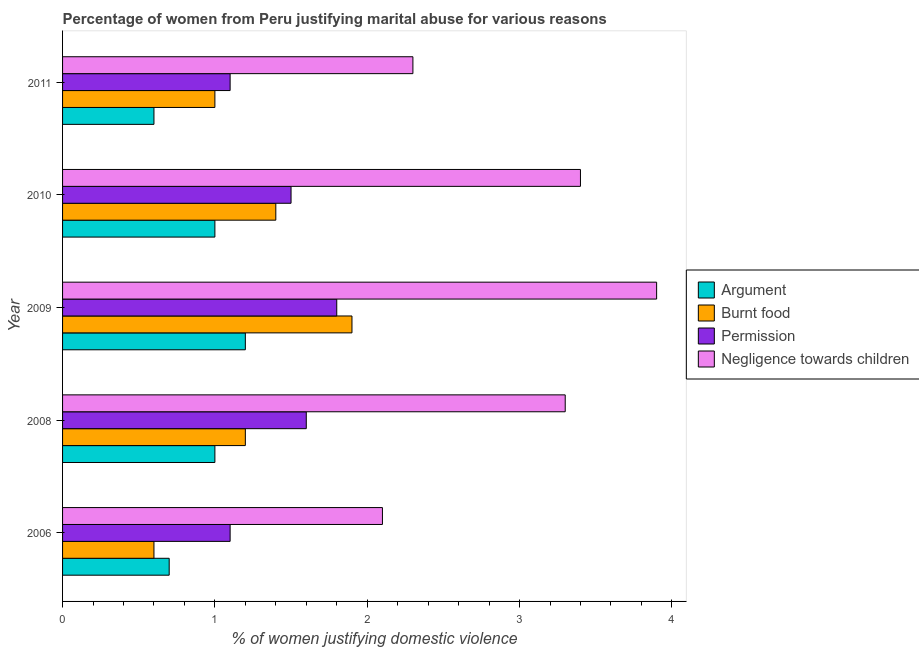
| Year | Argument | Burnt food | Permission | Negligence towards children |
 | --- | --- | --- | --- | --- |
 | 2006 | 0.7 | 0.6 | 1.1 | 2.1 |
 | 2008 | 1 | 1.2 | 1.6 | 3.3 |
 | 2009 | 1.2 | 1.9 | 1.8 | 3.9 |
 | 2010 | 1 | 1.4 | 1.5 | 3.4 |
 | 2011 | 0.6 | 1 | 1.1 | 2.3 |